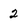
Character: 2